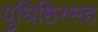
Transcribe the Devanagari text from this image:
युधिष्ठिरसह